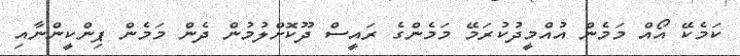
ކަމެކޭ އޯއް މަމެން އުއްމީދުކުރަމޭ މަމެންގެ ރައީސް ދޫކޮށްލުމުން ދެން މަމެން ޕިންކީންނާއި